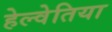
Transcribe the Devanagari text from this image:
हेल्वेतिया